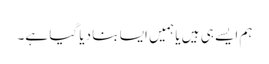
ہم ایسے ہی ہیں یا ہمیں ایسا بنا دیا گیا ہے۔